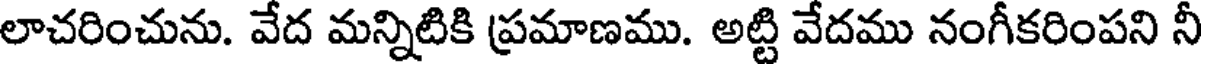
లాచరించును. వేద మన్నిటికి ప్రమాణము. అట్టి వేదము నంగీకరింపని నీ